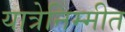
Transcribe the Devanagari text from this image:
यात्रेनिम्मीत